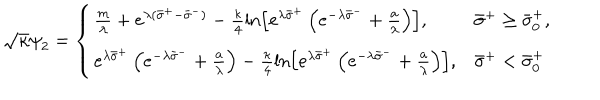
\sqrt { \kappa } { \psi } _ { 2 } = \left\{ \begin{array} { l l } { { \frac { m } { \lambda } + e ^ { { \lambda } ( { \bar { \sigma } } ^ { + } - { \bar { \sigma } } ^ { - } ) } - \frac { \kappa } { 4 } \ln \left[ e ^ { { \lambda } { \bar { \sigma } } ^ { + } } \left( e ^ { - { \lambda } { \bar { \sigma } } ^ { - } } + \frac { a } { \lambda } \right) \right] , } } & { { { \bar { \sigma } } ^ { + } \geq { \bar { \sigma } } _ { 0 } ^ { + } , } } \\ { { e ^ { { \lambda } { \bar { \sigma } } ^ { + } } \left( e ^ { - { \lambda } { \bar { \sigma } } ^ { - } } + \frac { a } { \lambda } \right) - \frac { \kappa } { 4 } \ln \left[ e ^ { { \lambda } { \bar { \sigma } } ^ { + } } \left( e ^ { - { \lambda } { \bar { \sigma } } ^ { - } } + \frac { a } { \lambda } \right) \right] , } } & { { { \bar { \sigma } } ^ { + } < { \bar { \sigma } } _ { 0 } ^ { + } } } \\ \end{array} \right.